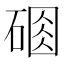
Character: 𥔆